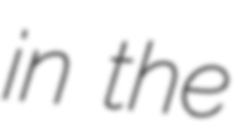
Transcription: in the